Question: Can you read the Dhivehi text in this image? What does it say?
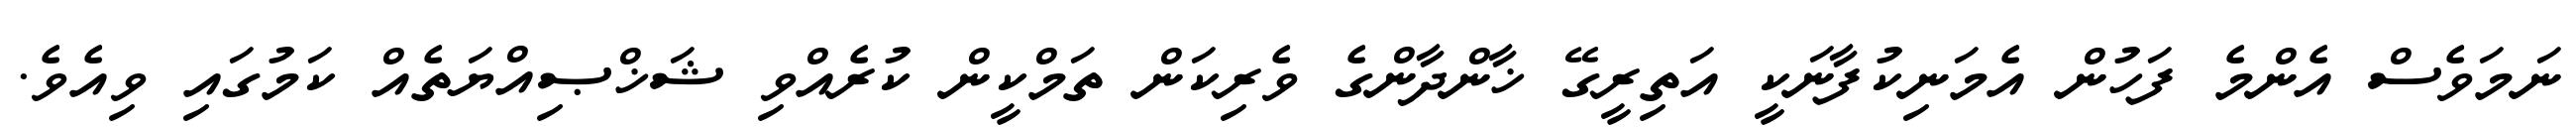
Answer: ނަމަވެސް އެންމެ ފަހުން އެމަނިކުފާނަކީ އަތިރީގޭ ޚާންދާންގެ ވެރިކަން ތަމްކީން ކުރެއްވި ޝަޚްޞިއްޔަތެއް ކަމުގައި ވިއެވެ.